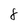
Character: 8